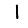
Digit: 1